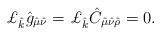
LaTeX: \begin{align*}\pounds_{\hat{k}} \hat{g}_{\hat{\mu}\hat{\nu}}=\pounds_{\hat{k}} \hat{C}_{\hat{\mu}\hat{\nu}\hat{\rho}}=0.\end{align*}